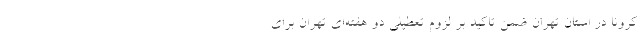
کرونا در استان تهران ضمن تاکید بر لزوم تعطیلی دو هفته‌ای تهران برای